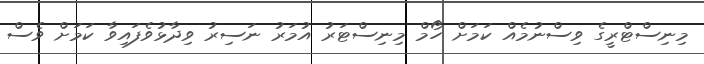
މިނިސްޓްރީގެ ވިސްނުމެއް ކަމަށް ހޯމް މިނިސްޓަރު އުމަރު ނަސިރު ވިދާޅުވެފައިވާ ކަަމަށް ވެސް